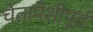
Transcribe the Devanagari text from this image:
चेतापेशीपूर्व